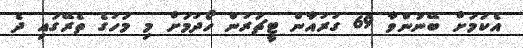
އެކަމަށް ބޭނުންވާ 69 ގުރުއާން ޓީޗަރުން ހޯދުމަށް މި މަހުގެ ތެރޭގައި ދެ